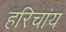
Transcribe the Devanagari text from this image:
हरिचांय